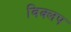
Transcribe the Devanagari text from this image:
विक्लप